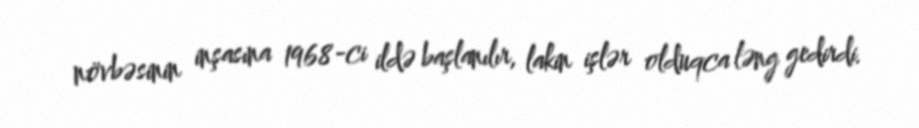
növbəsinin inşasına 1968-ci ildə başlanılır, lakin işlər olduqca ləng gedirdi.